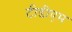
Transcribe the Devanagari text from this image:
टीडीएम